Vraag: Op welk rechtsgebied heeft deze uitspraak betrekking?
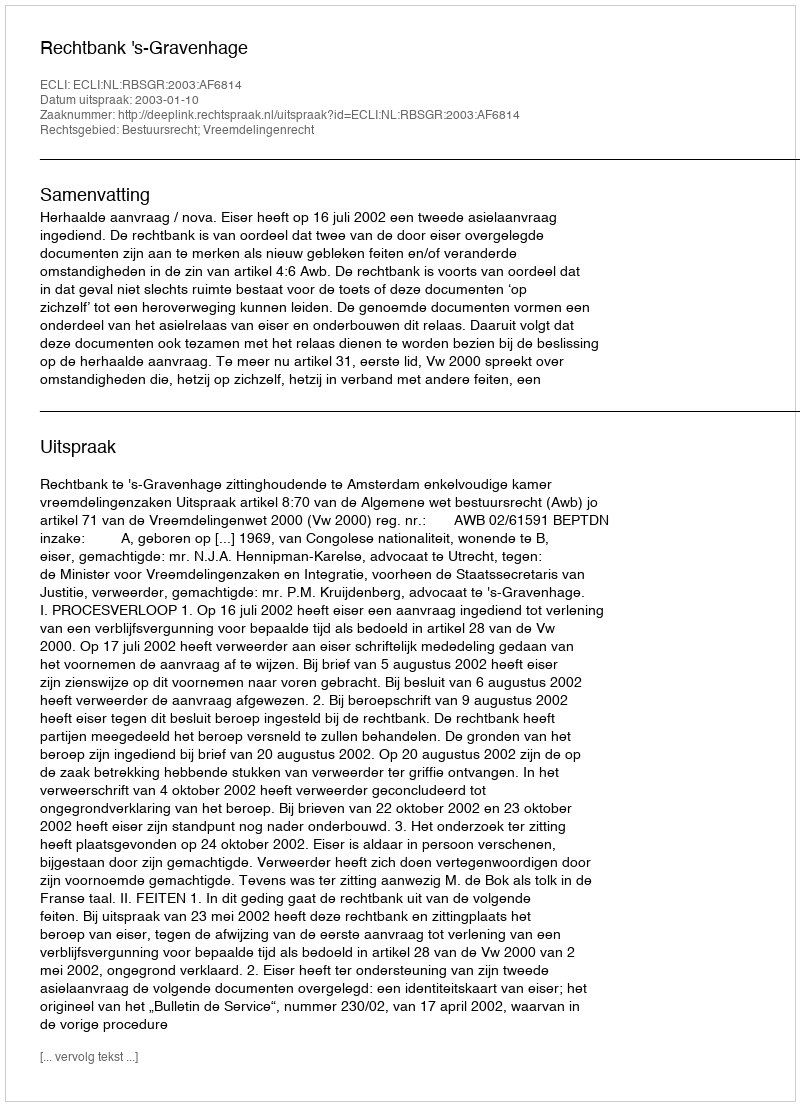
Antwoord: Bestuursrecht; Vreemdelingenrecht